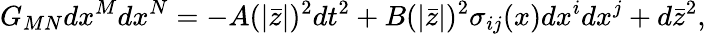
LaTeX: G_{MN}dx^{M}dx^{N}=-A(|\bar{z}|)^{2}dt^{2}+B(|\bar{z}|)^{2}\sigma_{ij}(x)dx^{i}dx^{j}+d\bar{z}^{2},